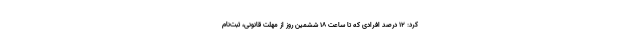
کرد: ۱۲ درصد افرادی که تا ساعت ۱۸ ششمین روز از مهلت قانونی، ثبت‌نام